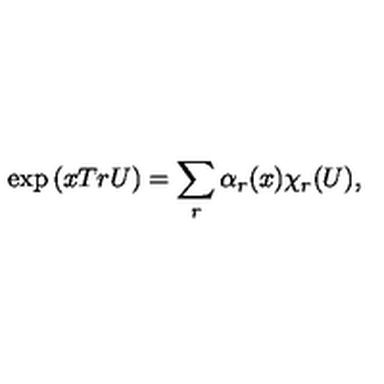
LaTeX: \exp \left( x T r U \right) = \sum _ { r } \alpha _ { r } ( x ) \chi _ { r } ( U ) ,